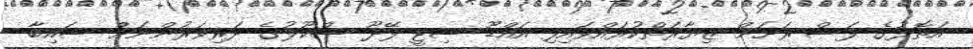
އަތޮޅުގެ ފަސް ރަށަށް ޒިޔާރަތްކުރައްވައިފި އައްޑޫ ސިޓީ ފޭދޫ ސްކޫލުގެ ދަރިވަރުންނަށް ސައިބާ